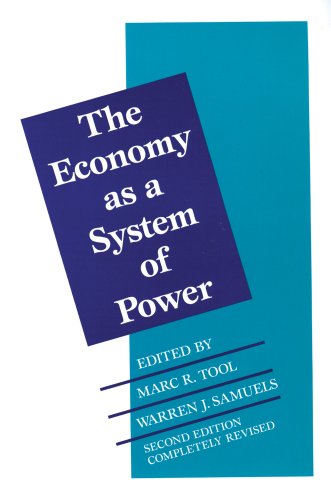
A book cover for The Economy as a System of Power (Institutional Economics, Vol. 1); Business & Money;